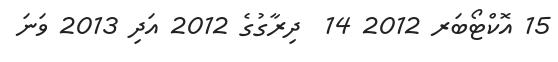
15 އޮކްޓޯބަރ 2012 14  ދިރާގުގެ 2012 އަދި 2013 ވަނަ